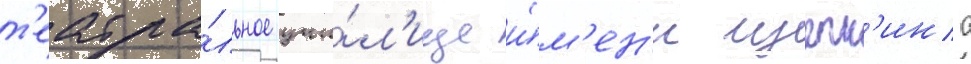
т'еатра́льное учи́л'ище и́м'ен'и щепк'ина